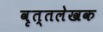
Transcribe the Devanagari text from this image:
वृत्तलेखक